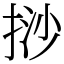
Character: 挱